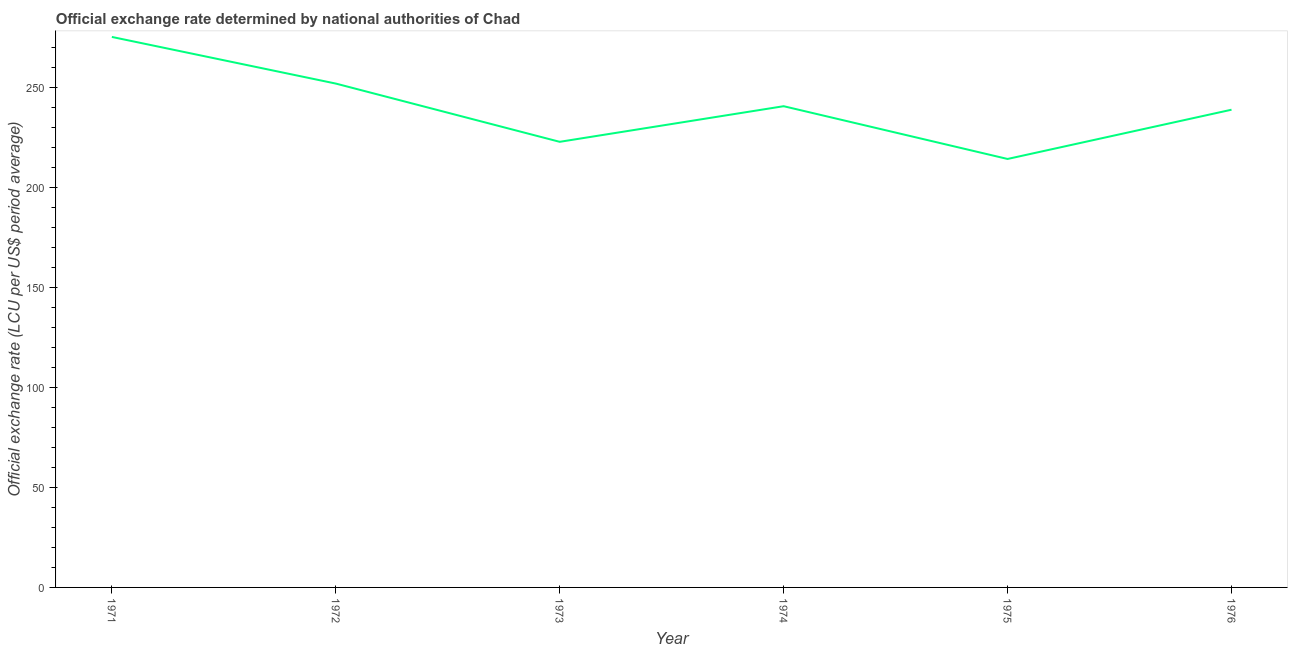
| Year | Official exchange rate |
 | --- | --- |
 | 1971 | 275 |
 | 1972 | 252 |
 | 1973 | 223 |
 | 1974 | 241 |
 | 1975 | 214 |
 | 1976 | 239 |